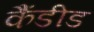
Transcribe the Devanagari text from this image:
कैंडीड